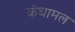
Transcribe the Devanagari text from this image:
कंधामल